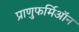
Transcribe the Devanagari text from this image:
प्राणुफर्मिऑन